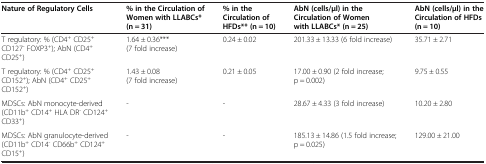
<table><thead><tr><td><b>Nature of Regulatory Cells</b></td><td><b>% in the Circulation of Women with LLABCs* (n = 31)</b></td><td><b>% in the Circulation of HFDs** (n = 10)</b></td><td><b>AbN (cells/μl) in the Circulation of Women with LLABCs* (n = 25)</b></td><td><b>AbN (cells/μl) in the Circulation of HFDs (n = 10)</b></td></tr></thead><tbody><tr><td>T regulatory: % (CD4<sup>+</sup> CD25<sup>+</sup> CD127<sup>-</sup> FOXP3<sup>+</sup>); AbN (CD4<sup>+</sup> CD25<sup>+</sup>)</td><td>1.64 ± 0.36*** (7 fold increase)</td><td>0.24 ± 0.02</td><td>201.33 ± 13.33 (6 fold increase)</td><td>35.71 ± 2.71</td></tr><tr><td>T regulatory: % (CD4<sup>+</sup> CD25<sup>+</sup> CD152<sup>+</sup>); AbN (CD4<sup>+</sup> CD25<sup>+</sup> CD152<sup>+</sup>)</td><td>1.43 ± 0.08 (7 fold increase)</td><td>0.21 ± 0.05</td><td>17.00 ± 0.90 (2 fold increase; p = 0.002)</td><td>9.75 ± 0.55</td></tr><tr><td>MDSCs: AbN monocyte-derived (CD11b<sup>+</sup> CD14<sup>+</sup> HLA DR<sup>-</sup> CD124<sup>+</sup> CD33<sup>+</sup>)</td><td>-</td><td>-</td><td>28.67 ± 4.33 (3 fold increase)</td><td>10.20 ± 2.80</td></tr><tr><td>MDSCs: AbN granulocyte-derived (CD11b<sup>+</sup> CD14<sup>-</sup> CD66b<sup>+</sup> CD124<sup>+</sup> CD15<sup>+</sup>)</td><td>-</td><td>-</td><td>185.13 ± 14.86 (1.5 fold increase; p = 0.025)</td><td>129.00 ± 21.00</td></tr></tbody></table>